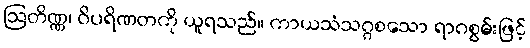
ဩတိဏ္ဏ၊ ဝိပရိဏတကို ယူရသည်။ ကာယသံသဂ္ဂစသော ရာဂစွမ်းဖြင့်